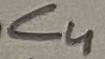
Text: C4